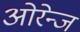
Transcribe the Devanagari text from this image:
ओरेन्ज